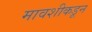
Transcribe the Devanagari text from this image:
मावशीकडून